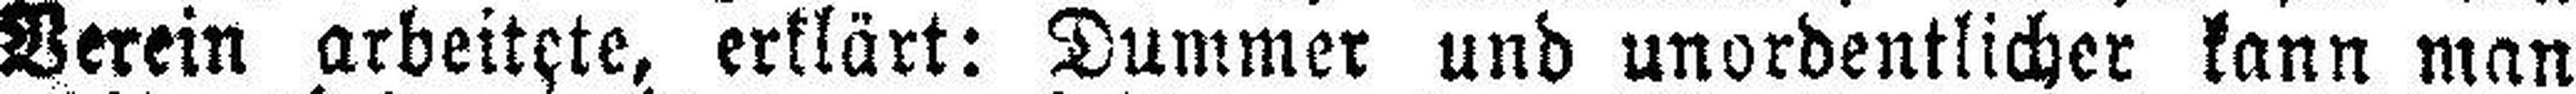
Verein arbeitete, erklärt: Dummer und unordentlicher kann man